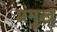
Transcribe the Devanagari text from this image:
प्रंमुख